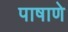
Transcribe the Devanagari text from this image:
पाषाणे